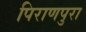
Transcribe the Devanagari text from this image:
पिराणपुरा